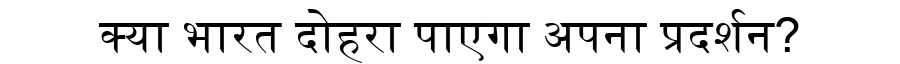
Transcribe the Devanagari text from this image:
क्या भारत दोहरा पाएगा अपना प्रदर्शन?